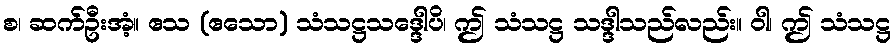
စ၊ ဆက်ဦးအံ့။ ဧသ (ဧသော) သံသဋ္ဌသဒ္ဒေါပိ၊ ဤ သံသဋ္ဌ သဒ္ဒါသည်လည်း။ ဝါ၊ ဤ သံသဋ္ဌ